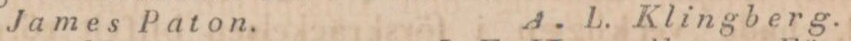
James Paton.    A. L. Klingberg.